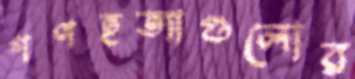
গণহত্যাগুলোর